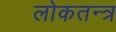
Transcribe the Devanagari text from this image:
लोकतन्‍त्र